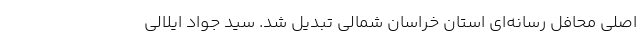
اصلی محافل رسانه‌ای استان خراسان شمالی تبدیل شد. سید جواد ایلالی